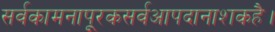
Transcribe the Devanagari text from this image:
सर्वकामनापूरकसर्वआपदानाशकहै।